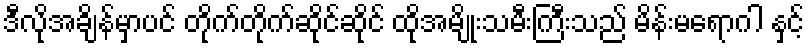
ဒီလိုအချိန်မှာပင် တိုက်တိုက်ဆိုင်ဆိုင် ထိုအမျိုးသမီးကြီးသည် မိန်းမရောဂါ နှင့်